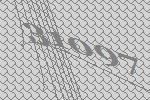
31097